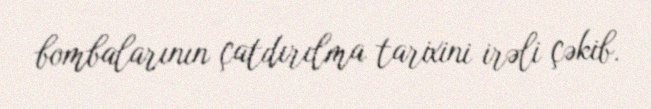
bombalarının çatdırılma tarixini irəli çəkib.